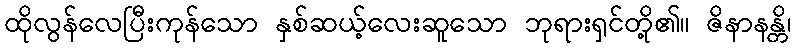
ထိုလွန်လေပြီးကုန်သော နှစ်ဆယ့်လေးဆူသော ဘုရားရှင်တို့၏။ ဇိနာနန္တိ၊